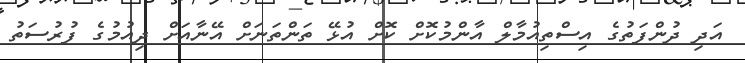
އަދި ދުންފަތުގެ އިސްތިއުމާލް އާންމުކޮށް ކޮށް އުޅޭ ތަންތަނަށް އޭނާއަށް ދިއުމުގެ ފުރުސަތު